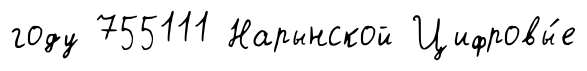
году 755111 Нарынской Цифровы́е